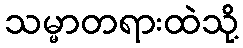
သမ္မာတရားထဲသို့